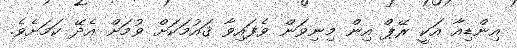
އިންޑިއާ އަކީ ރޭޕް އިން މިނިވަން ވެފައިވާ ޤައުމަކަށް ވުމަށް އެދޭ ކަމަށެވެ.